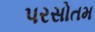
પરસોતમ